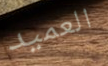
العميد